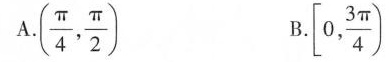
A.(\frac{π}{4}, \frac{π}{2}) B.[0, \frac{3 π}{4})